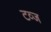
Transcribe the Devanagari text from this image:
टव्ज